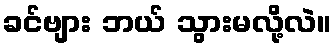
ခင်ဗျား ဘယ် သွားမလို့လဲ။